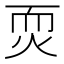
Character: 䎡